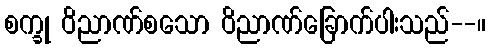
စက္ခု ဝိညာဏ်စသော ဝိညာဏ်ခြောက်ပါးသည်--။